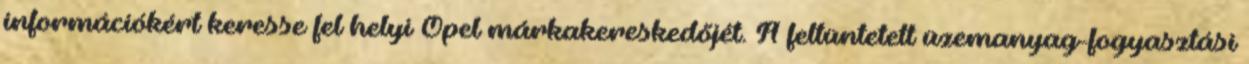
információkért keresse fel helyi Opel márkakereskedőjét. A feltüntetett üzemanyag-fogyasztási